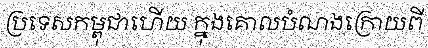
ប្រទេសកម្ពុជាហើយ ក្នុងគោលបំណងក្រោយពី